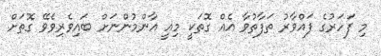
މި ފަހަރުގެ ފައްވާރު ތަފާތުވާ އެއް ގޮތަކީ މިއީ އާންމުންނަށް ބައިވެރިވެވޭ ގޮތަށް